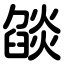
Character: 燄